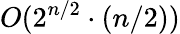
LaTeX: O(2^{n/2}\cdot(n/2))